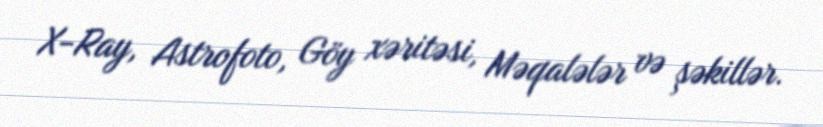
X-Ray, Astrofoto, Göy xəritəsi, Məqalələr və şəkillər.